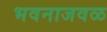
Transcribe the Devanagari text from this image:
भवनाजवळ